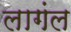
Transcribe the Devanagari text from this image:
लागंल